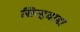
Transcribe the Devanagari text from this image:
सिन्हवाडा